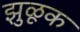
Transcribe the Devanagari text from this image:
झुळूक